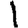
Digit: 1